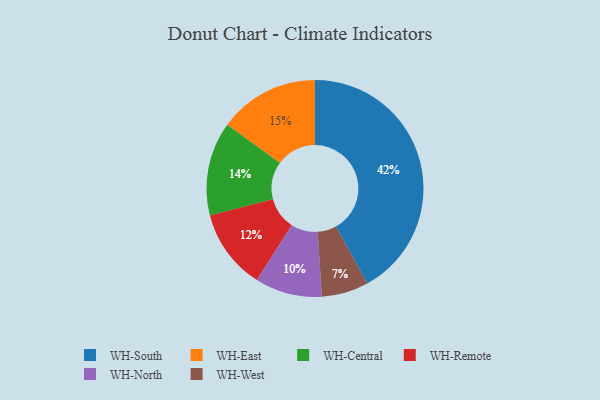
{"axis": {"x": "Category", "y": "Percentage"}, "legend": ["WH-Central", "WH-East", "WH-North", "WH-Remote", "WH-South", "WH-West"], "data": [{"x": "WH-North", "y": 10, "type": "WH-North"}, {"x": "WH-South", "y": 42, "type": "WH-South"}, {"x": "WH-Remote", "y": 12, "type": "WH-Remote"}, {"x": "WH-West", "y": 7, "type": "WH-West"}, {"x": "WH-East", "y": 15, "type": "WH-East"}, {"x": "WH-Central", "y": 14, "type": "WH-Central"}]}